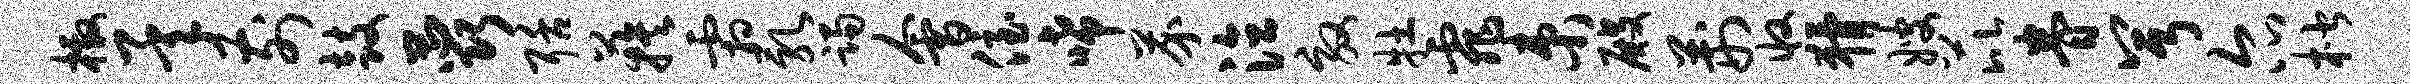
檄承前鼓蕊聒蔟霜乳躅会侄唏芥泣效牡霏束殿荆收猾嫂芘眷兮尔楷